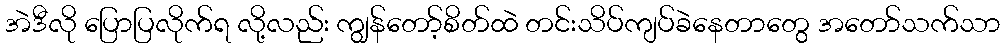
အဲဒီလို ပြောပြလိုက်ရ လို့လည်း ကျွန်တော့်စိတ်ထဲ တင်းသိပ်ကျပ်ခဲနေတာတွေ အတော်သက်သာ